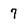
Character: 7